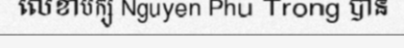
លេខាបក្ស Nguyen Phu Trong បាន